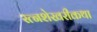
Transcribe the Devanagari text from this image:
रत्नशेखरीकथा